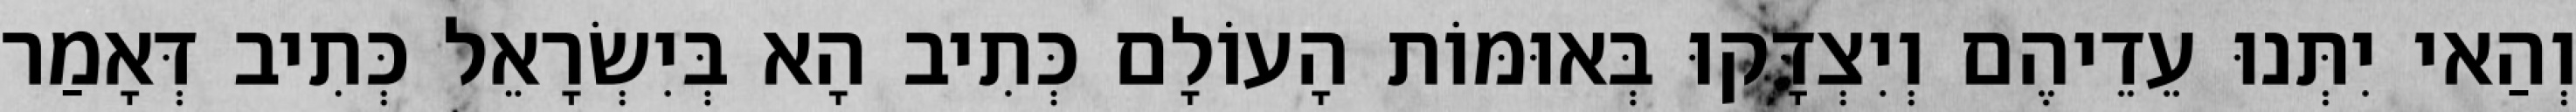
וְהַאי יִתְּנוּ עֵדֵיהֶם וְיִצְדָּקוּ בְּאוּמּוֹת הָעוֹלָם כְּתִיב הָא בְּיִשְׂרָאֵל כְּתִיב דְּאָמַר